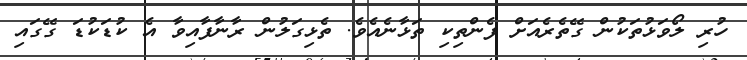
ހުރި ލޯވަޅުތަކުން ގޭތެރެއަށް ފެންތިކި ތަޅާނެއެވެ. ތެޅިގަލުން ރާނާފާއިވާ އެ ކުޑަކުޑަ ގޭގައި